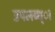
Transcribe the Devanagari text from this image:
उपलब्ध्ा